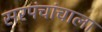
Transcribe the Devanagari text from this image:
सरपंचांचाला